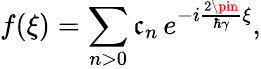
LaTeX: f(\xi)=\sum_{n>0}\mathfrak{c}_{n}\, e^{-i\frac{{2\pin}}{{\hbar\gamma}}\xi},